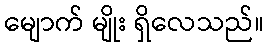
မျောက် မျိုး ရှိလေသည်။